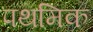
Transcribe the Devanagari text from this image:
पथमिक